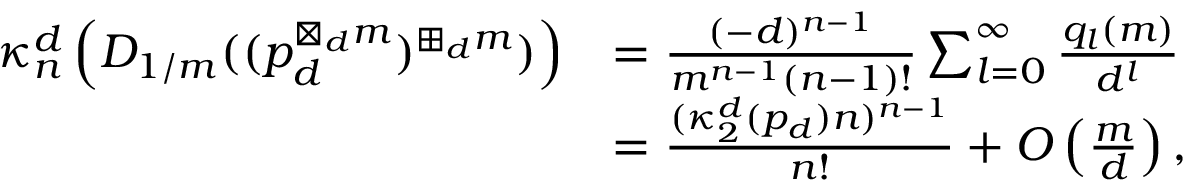
\begin{array} { r l } { \kappa _ { n } ^ { d } \left( D _ { 1 / m } ( ( p _ { d } ^ { \boxtimes _ { d } m } ) ^ { \boxplus _ { d } m } ) \right) } & { = \frac { ( - d ) ^ { n - 1 } } { m ^ { n - 1 } ( n - 1 ) ! } \sum _ { l = 0 } ^ { \infty } \frac { q _ { l } ( m ) } { d ^ { l } } } \\ & { = \frac { ( \kappa _ { 2 } ^ { d } ( p _ { d } ) n ) ^ { n - 1 } } { n ! } + O \left( \frac { m } { d } \right) , } \end{array}